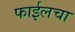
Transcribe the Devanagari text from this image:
फाईलचा